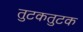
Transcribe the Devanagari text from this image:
तुटकतुटक